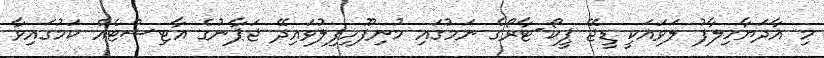
މި އާދަޔާހިލާފު ލަވައަކީ ޑީޖޭ ޕީކޯ-ޓާރޯގެ ނަމުގައި މުނިފޫހިފިލުވައިދޭ ޖަޕާނުގެ އާޓިސްޓެއް ކަމުގައިވާ